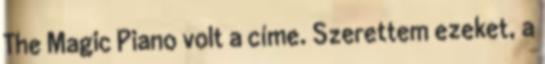
The Magic Piano volt a címe. Szerettem ezeket, a